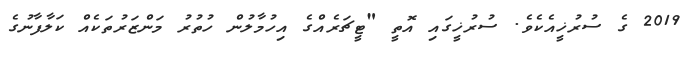
2019 ގެ ސުރުޚީއެކެވެ. ސުރުޚީގައި އޮތީ "ޓީޗަރެއްގެ އިހުމާލުން ހުތުރު މަންޒަރުތަކެއް ކަލާފާނުގެ